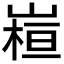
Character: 𭗁